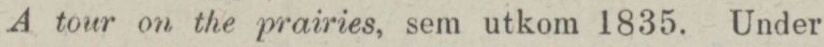
A tour on the prairies, sem utkom 1835. Under